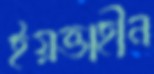
ইয়ত্তাহীন